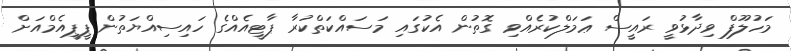
މަހުލޫފް ވިދާޅުވީ ރައީސް ޢަމަލްކުރެއްވި ގޮތުން އެކުގައި މަސައްކަތްކުރާ ޕާޓީއެއްގެ ހައިސިއްޔަތުން ޕީޕީއެމްއަށް